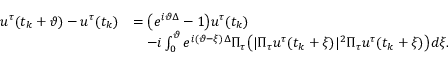
\begin{array} { r l } { u ^ { \tau } ( t _ { k } + \vartheta ) - u ^ { \tau } ( t _ { k } ) } & { = \big ( e ^ { i \vartheta \Delta } - 1 \big ) u ^ { \tau } ( t _ { k } ) } \\ & { \quad - i \int _ { 0 } ^ { \vartheta } e ^ { i ( \vartheta - \xi ) \Delta } \Pi _ { \tau } \big ( | \Pi _ { \tau } u ^ { \tau } ( t _ { k } + \xi ) | ^ { 2 } \Pi _ { \tau } u ^ { \tau } ( t _ { k } + \xi ) \big ) d \xi . } \end{array}